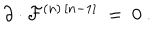
\partial \cdot { \cal F } ^ { ( n ) \, [ n - 1 ] } \ = \ 0 \ .